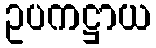
ဥပကဋ္ဌာယ